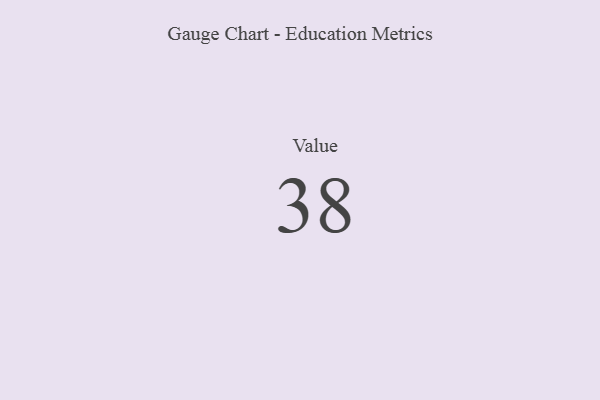
{"axis": {"x": "Metric", "y": "Value"}, "legend": [""], "data": [{"x": "Value", "y": 38, "type": ""}]}